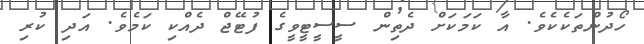
ހޯދުންތަކެކެވެ. އާ ކަމަކަށް ދެތިން ސީސީޓީވީގެ ފުޓޭޖް ދެއްކި ކަމެވެ. އަދި ކުރި